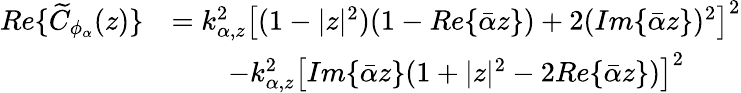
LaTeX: \begin{array}{rl}{Re\{ \widetilde{C}_{\phi_{\alpha}}(z)\} }&{=k_{\alpha,z}^{2}\left[(1-|z|^{2})(1-Re\{ \bar{\alpha}z\} )+2(Im\{ \bar{\alpha}z\} )^{2}\right]^{2}}\\ &{\qquad-k_{\alpha,z}^{2}\left[Im\{ \bar{\alpha}z\} (1+|z|^{2}-2Re\{ \bar{\alpha}z\} )\right]^{2}}\end{array}